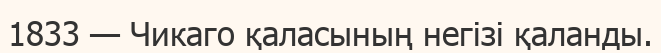
1833 — Чикаго қаласының негізі қаланды.